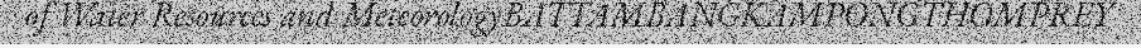
of Water Resources and MeteorologyBATTAMBANGKAMPONGTHOMPREY